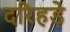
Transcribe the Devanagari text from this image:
दरिहड़े